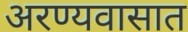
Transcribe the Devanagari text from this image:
अरण्यवासात